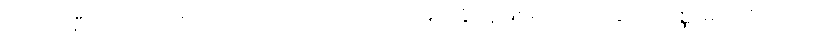
သတို့သမီးသည် သတို့သားကို ကိုယ်တိုင်ကိုယ်ကျ မြတ်နိုးသူဖြစ်၍ လက်ဆောင်ပဏ္ဏာများကိုလည်း